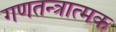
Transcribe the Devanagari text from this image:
गणतन्त्रात्मक